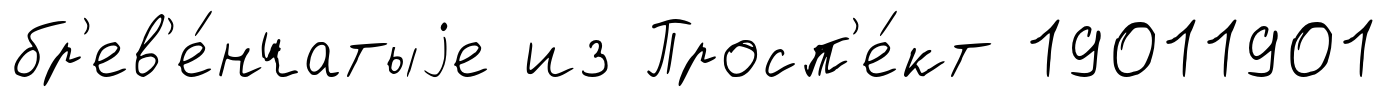
бр'ев'е́нчатыjе из Просп'е́кт 19011901